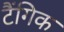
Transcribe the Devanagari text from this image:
टैंगिक